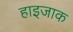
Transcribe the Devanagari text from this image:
हाइजाक